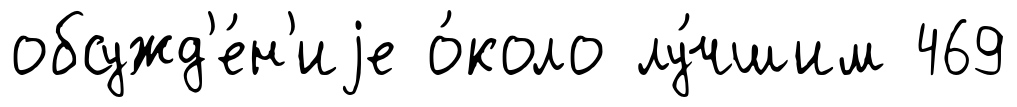
обсужд'е́н'иjе о́коло лу́чшим 469